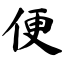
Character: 便